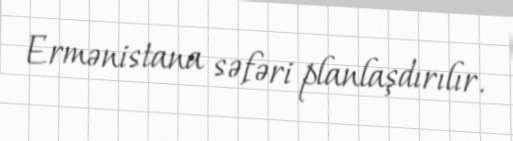
Ermənistana səfəri planlaşdırılır.